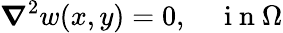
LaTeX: \boldsymbol{\nabla}^{2}w(x,y)=0,\quad\mathrm{~i~n~}\Omega